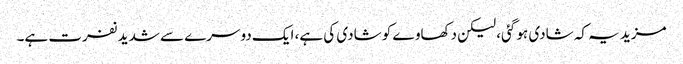
مزید یہ کہ شادی ہو گئی، لیکن دکھاوے کو شادی کی ہے، ایک دوسرے سے شدید نفرت ہے۔